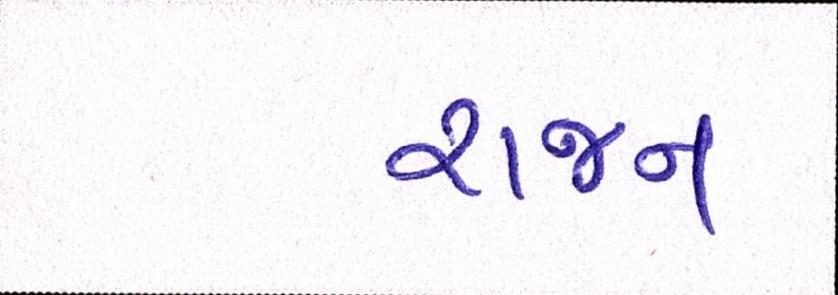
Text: રાજન